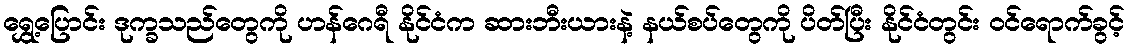
ရွှေ့ပြောင်း ဒုက္ခသည်တွေကို ဟန်ဂေရီ နိုင်ငံက ဆားဘီးယားနဲ့ နယ်စပ်တွေကို ပိတ်ပြီး နိုင်ငံတွင်း ဝင်ရောက်ခွင့်